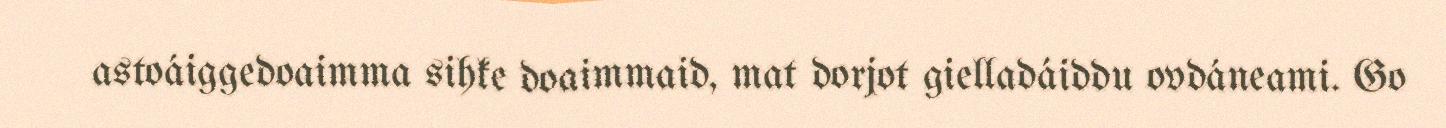
astoáiggedoaimma sihke doaimmaid, mat dorjot gielladáiddu ovdáneami. Go